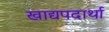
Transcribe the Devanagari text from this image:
खाद्यपदार्था